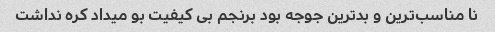
نا مناسب‌ترین و بدترین جوجه بود برنجم بی کیفیت بو میداد کره نداشت